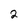
Character: 2